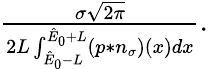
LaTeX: \begin{array}{r}{\frac{\sigma\sqrt{2\pi}}{2L\int_{\hat{E}_{0}-L}^{\hat{E}_{0}+L}(p\ast n_{\sigma})(x)dx}.}\end{array}